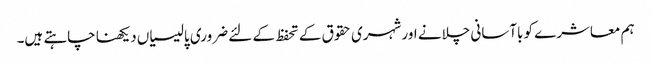
ہم معاشرے کو باآسانی چلانے اور شہری حقوق کے تحفظ کے لئے ضروری پالیسیاں دیکھنا چاہتے ہیں۔